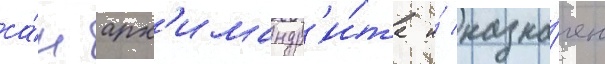
са́н арх'имандр'и́та и́ назна́чен